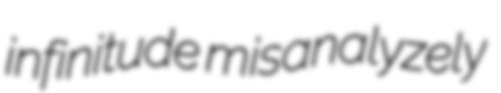
infinitude misanalyzely